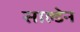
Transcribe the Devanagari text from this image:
साल्डेन